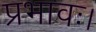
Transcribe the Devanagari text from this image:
प्रभावः।